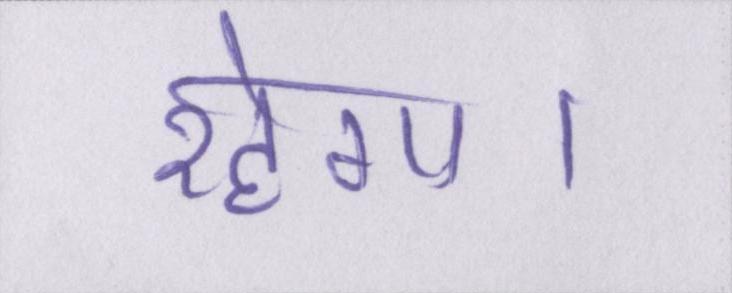
रहेगा।